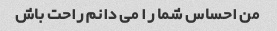
من احساس شما را می دانم راحت باش